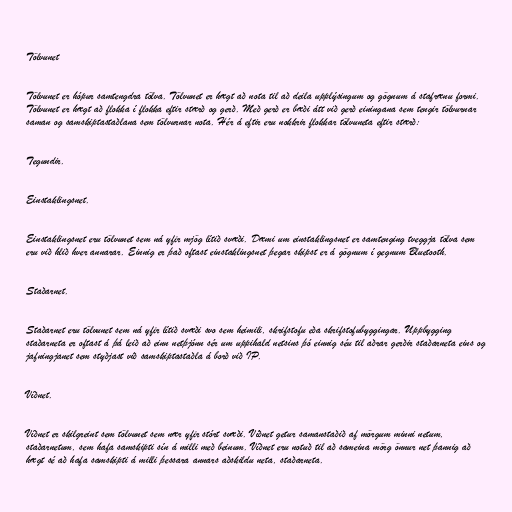
Tölvunet

Tölvunet er hópur samtengdra tölva. Tölvunet er hægt að nota til að deila upplýsingum og gögnum á stafrænu formi.
Tölvunet er hægt að flokka í flokka eftir stærð og gerð. Með gerð er bæði átt við gerð einingana sem tengir tölvurnar
saman og samskiptastaðlana sem tölvurnar nota. Hér á eftir eru nokkrir flokkar tölvuneta eftir stærð:

Tegundir.

Einstaklingsnet.

Einstaklingsnet eru tölvunet sem ná yfir mjög lítið svæði. Dæmi um einstaklingsnet er samtenging tveggja tölva sem
eru við hlið hver annarar. Einnig er það oftast einstaklingsnet þegar skipst er á gögnum í gegnum Bluetooth.

Staðarnet.

Staðarnet eru tölvunet sem ná yfir lítið svæði svo sem heimili, skrifstofu eða skrifstofubyggingar. Uppbygging
staðarneta er oftast á þá leið að einn netþjónn sér um uppihald netsins þó einnig séu til aðrar gerðir staðarneta eins og
jafningjanet sem styðjast við samskiptastaðla á borð við IP.

Víðnet.

Víðnet er skilgreint sem tölvunet sem nær yfir stórt svæði. Víðnet getur samanstaðið af mörgum minni netum,
staðarnetum, sem hafa samskipti sín á milli með beinum. Víðnet eru notuð til að sameina mörg önnur net þannig að
hægt sé að hafa samskipti á milli þessara annars aðskildu neta, staðarneta.